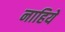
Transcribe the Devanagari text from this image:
नाहिये